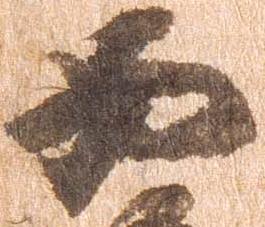
西